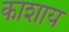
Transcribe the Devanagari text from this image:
काशाय